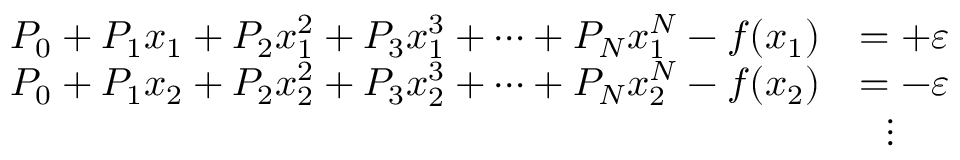
{ \begin{array} { r l } { P _ { 0 } + P _ { 1 } x _ { 1 } + P _ { 2 } x _ { 1 } ^ { 2 } + P _ { 3 } x _ { 1 } ^ { 3 } + \dots + P _ { N } x _ { 1 } ^ { N } - f ( x _ { 1 } ) } & { = + \varepsilon } \\ { P _ { 0 } + P _ { 1 } x _ { 2 } + P _ { 2 } x _ { 2 } ^ { 2 } + P _ { 3 } x _ { 2 } ^ { 3 } + \dots + P _ { N } x _ { 2 } ^ { N } - f ( x _ { 2 } ) } & { = - \varepsilon } \\ & { \ \ \vdots } \end{array} }